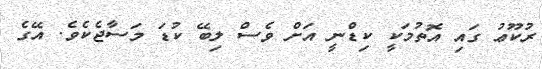
ރުކޫޢު ގައި އޮތުމަކީ ކިޑްނީ އަށް ވެސް ލިބޭ ކުޑަ މަސާޖެކެވެ. އޭގެ